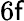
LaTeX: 6\mathsf{f}